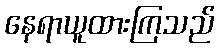
နေရာယူထားကြသည်